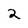
Character: 2